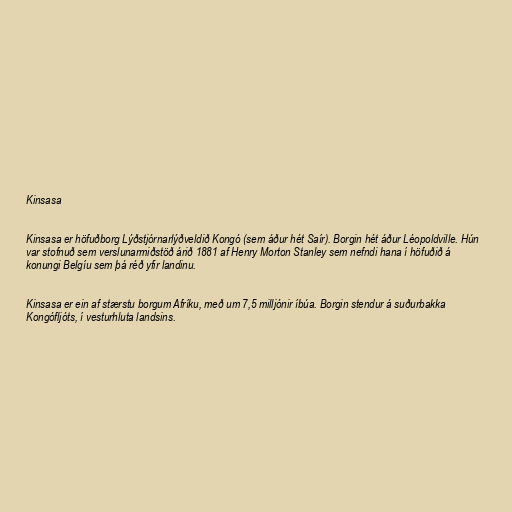
Kinsasa

Kinsasa er höfuðborg Lýðstjórnarlýðveldið Kongó (sem áður hét Saír). Borgin hét áður Léopoldville. Hún
var stofnuð sem verslunarmiðstöð árið 1881 af Henry Morton Stanley sem nefndi hana í höfuðið á
konungi Belgíu sem þá réð yfir landinu.

Kinsasa er ein af stærstu borgum Afríku, með um 7,5 milljónir íbúa. Borgin stendur á suðurbakka
Kongófljóts, í vesturhluta landsins.